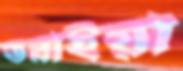
ডরাইয়া